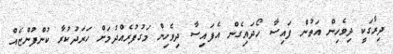
ދިރާގަކީ ދިވެހިން އަތުން ފައިސާ ހޯދައިގެން އެފައިސާ ދިވެހިން މަގުފުރެއްދުމަށް ހަރަދުކުރާ ކުންފުންޏެއް